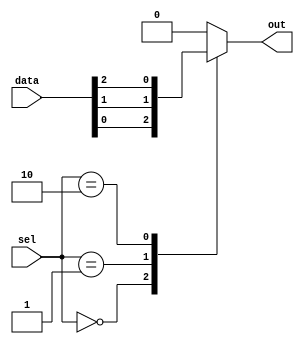
module mux512to1 (
    input [511:0] data,
    input [8:0] sel,
    output reg out
);

always @ (*)
begin
    case(sel)
        9'b000000000: out = data[0];
        9'b000000001: out = data[1];
        9'b000000010: out = data[2];
        // continue for all 512 inputs
        default: out = 0; // default case
    endcase
end

endmodule